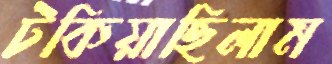
টকিয়াছিলাম